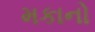
મકાનો